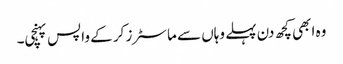
وہ ابھی کچھ دن پہلے وہاں سے ماسٹرز کر کے واپس پہنچی۔